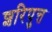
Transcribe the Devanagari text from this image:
शरिपुत्त